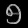
Digit: ၅